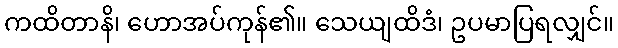
ကထိတာနိ၊ ဟောအပ်ကုန်၏။ သေယျထိဒံ၊ ဥပမာပြရလျှင်။